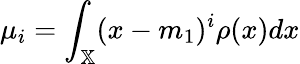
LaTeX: \mu_{i}=\int_{\mathbb{X}}(x-m_{1})^{i}\rho(x)dx